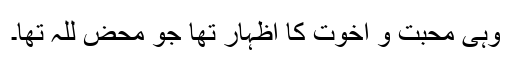
وہی محبت و اخوت کا اظہار تھا جو محض لِلّٰہ تھا۔